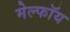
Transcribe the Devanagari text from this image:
मेल्फॉय